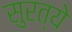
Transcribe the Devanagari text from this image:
सुरत्ये